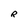
Character: R